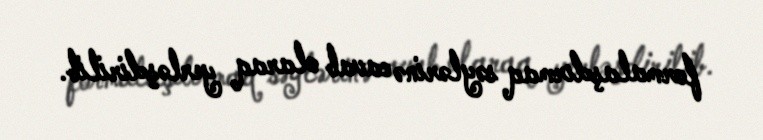
formalaşdırmaq səylərinə cavab olaraq yerləşdirilib.